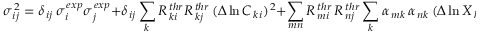
\sigma _ { \, i j } ^ { \, 2 } = \delta _ { \, i j } \, \sigma _ { \, i } ^ { \, e x p } \sigma _ { \, j } ^ { \, e x p } + \delta _ { \, i j } \sum _ { k } R _ { \, k i } ^ { \, t h r } R _ { \, k j } ^ { \, t h r } \, ( \Delta \ln C _ { \, k i } ) ^ { \, 2 } + \sum _ { m n } R _ { \, m i } ^ { \, t h r } \, R _ { \, n j } ^ { \, t h r } \sum _ { k } \alpha _ { \, m k } \, \alpha _ { \, n k } \, ( \Delta \ln X _ { \, k } ) ^ { \, 2 } \ .